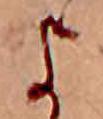
よ